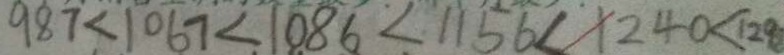
9 8 7 < 1 0 6 7 < 1 1 5 6 < 1 2 4 0 < 1 2 9